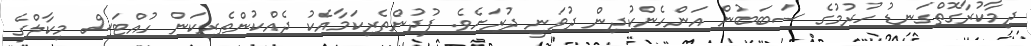
ދިމާކުރާގޮތްގަނޑު ހުރުމުގެ ސަބަބުން އަންހެންކުދިން ދުވަނީ ދުރަށެވެ. ފުދުންތެރިކަމާއެކު ދެއްކުންތެރިކަން ހުއްޓަސް މިކާލްގެ